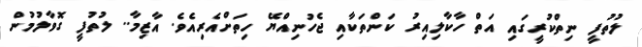
ލުތުފީ ނިތްކުރީގައި އަތް ހާކާލިއިރު ކަންތަކާއި ޖެހުނިއްޔޭ ހިތަށްއެރިއެވެ. އާޒިމާ.. ލުތުފީ ގޮވާލުމުން